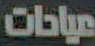
عيادات